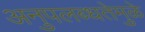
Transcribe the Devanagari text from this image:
अनुपलब्धतेमुळे